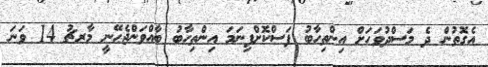
އެގޮތުން ދެ މަސްދުވަހަށް އިންތިހާބު ފަސްކޮށްފިނަމަ އިންތިހާބު ބާއްވަންޖެހޭނީ މާރޗު 14 ވަނަ